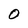
Character: 0